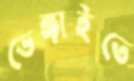
ভেঙ্গাইতে